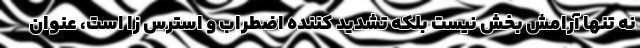
نه تنها آرامش بخش نیست بلکه تشدید کننده اضطراب و استرس زا است، عنوان